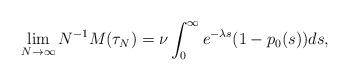
LaTeX: \begin{align*} & \lim_{N \to \infty} N^{-1} M(\tau_N) = \nu \int_0^\infty e^{-\lambda s} (1-p_0(s)) ds, \end{align*}